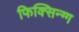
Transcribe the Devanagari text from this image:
फिक्सिन्ग्ग